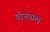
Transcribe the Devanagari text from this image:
बीनपाल